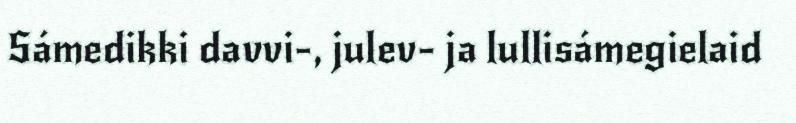
Sámedikki davvi-, julev- ja lullisámegielaid